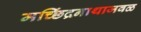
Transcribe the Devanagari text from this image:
मच्छिंद्रनाथाजवळ